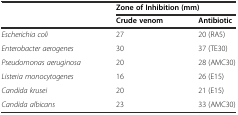
|  | <COLSPAN=2> Zone of Inhibition (mm) |
 |  | Crude venom | Antibiotic |
 | --- | --- | --- |
 | Escherichia coli | 27 | 20 (RA5) |
 | Enterobacter aerogenes | 30 | 37 (TE30) |
 | Pseudomonas aeruginosa | 20 | 28 (AMC30) |
 | Listeria monocytogenes | 16 | 26 (E15) |
 | Candida krusei | 20 | 21 (E15) |
 | Candida albicans | 23 | 33 (AMC30) |